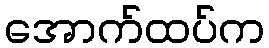
အောက်ထပ်က